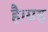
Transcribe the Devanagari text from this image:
है।ग्रह